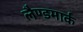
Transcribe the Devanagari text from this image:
लैण्‍डमार्क